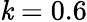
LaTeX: \mathit{k}=0.6